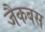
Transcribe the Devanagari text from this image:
जैकबस